Document type: Community of property
Year: 1312
Scribe: Pere Amorós
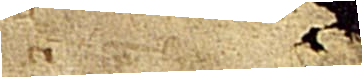
[...]